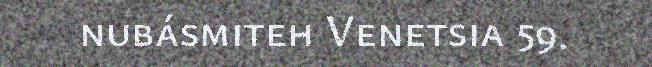
nubásmiteh Venetsia 59.